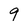
Character: 9